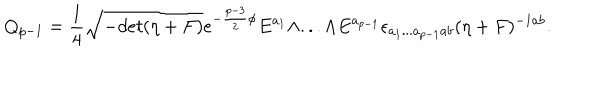
Q _ { p - 1 } = { \frac { 1 } { 4 } } \sqrt { - d e t ( \eta + F ) } e ^ { - { \frac { p - 3 } { 2 } } \phi } E ^ { a _ { 1 } } \wedge . . . \wedge E ^ { a _ { p - 1 } } \epsilon _ { a _ { 1 } . . . a _ { p - 1 } a b } ( \eta + F ) ^ { - 1 a b } .